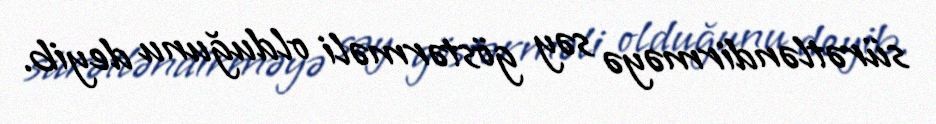
sürətləndirməyə səy göstərməli olduğunu deyib.